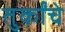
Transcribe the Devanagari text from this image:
तुर्कांचे